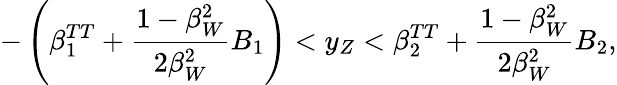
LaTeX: -\left(\beta_{1}^{TT}+\frac{1-\beta_{W}^{2}}{2\beta_{W}^{2}}B_{1}\right)<y_{Z}<\beta_{2}^{TT}+\frac{1-\beta_{W}^{2}}{2\beta_{W}^{2}}B_{2},